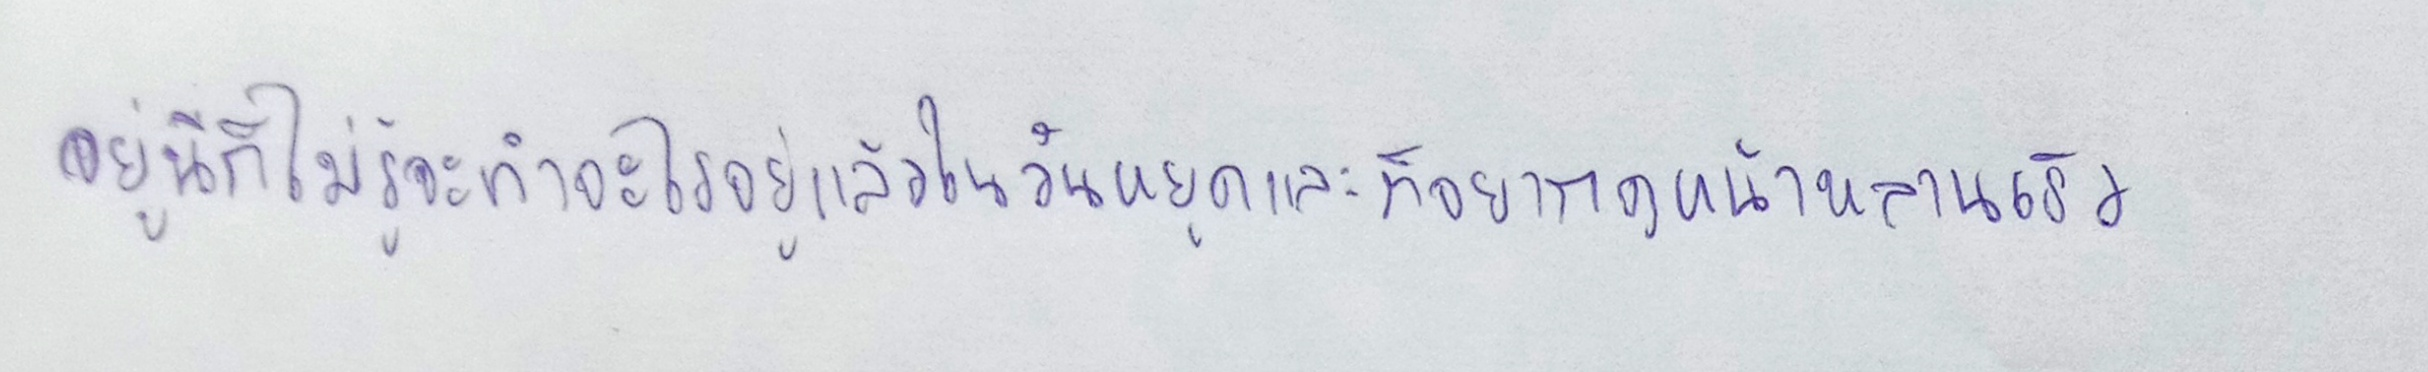
อยู่นี่ก็ไม่รู้จะทำอะไรอยู่แล้วในวันหยุดและก็อยากดูหน้าหลานเร็ว